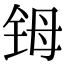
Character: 𬭁